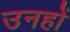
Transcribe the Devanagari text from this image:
उनहों